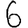
Digit: 6